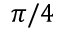
\pi / 4